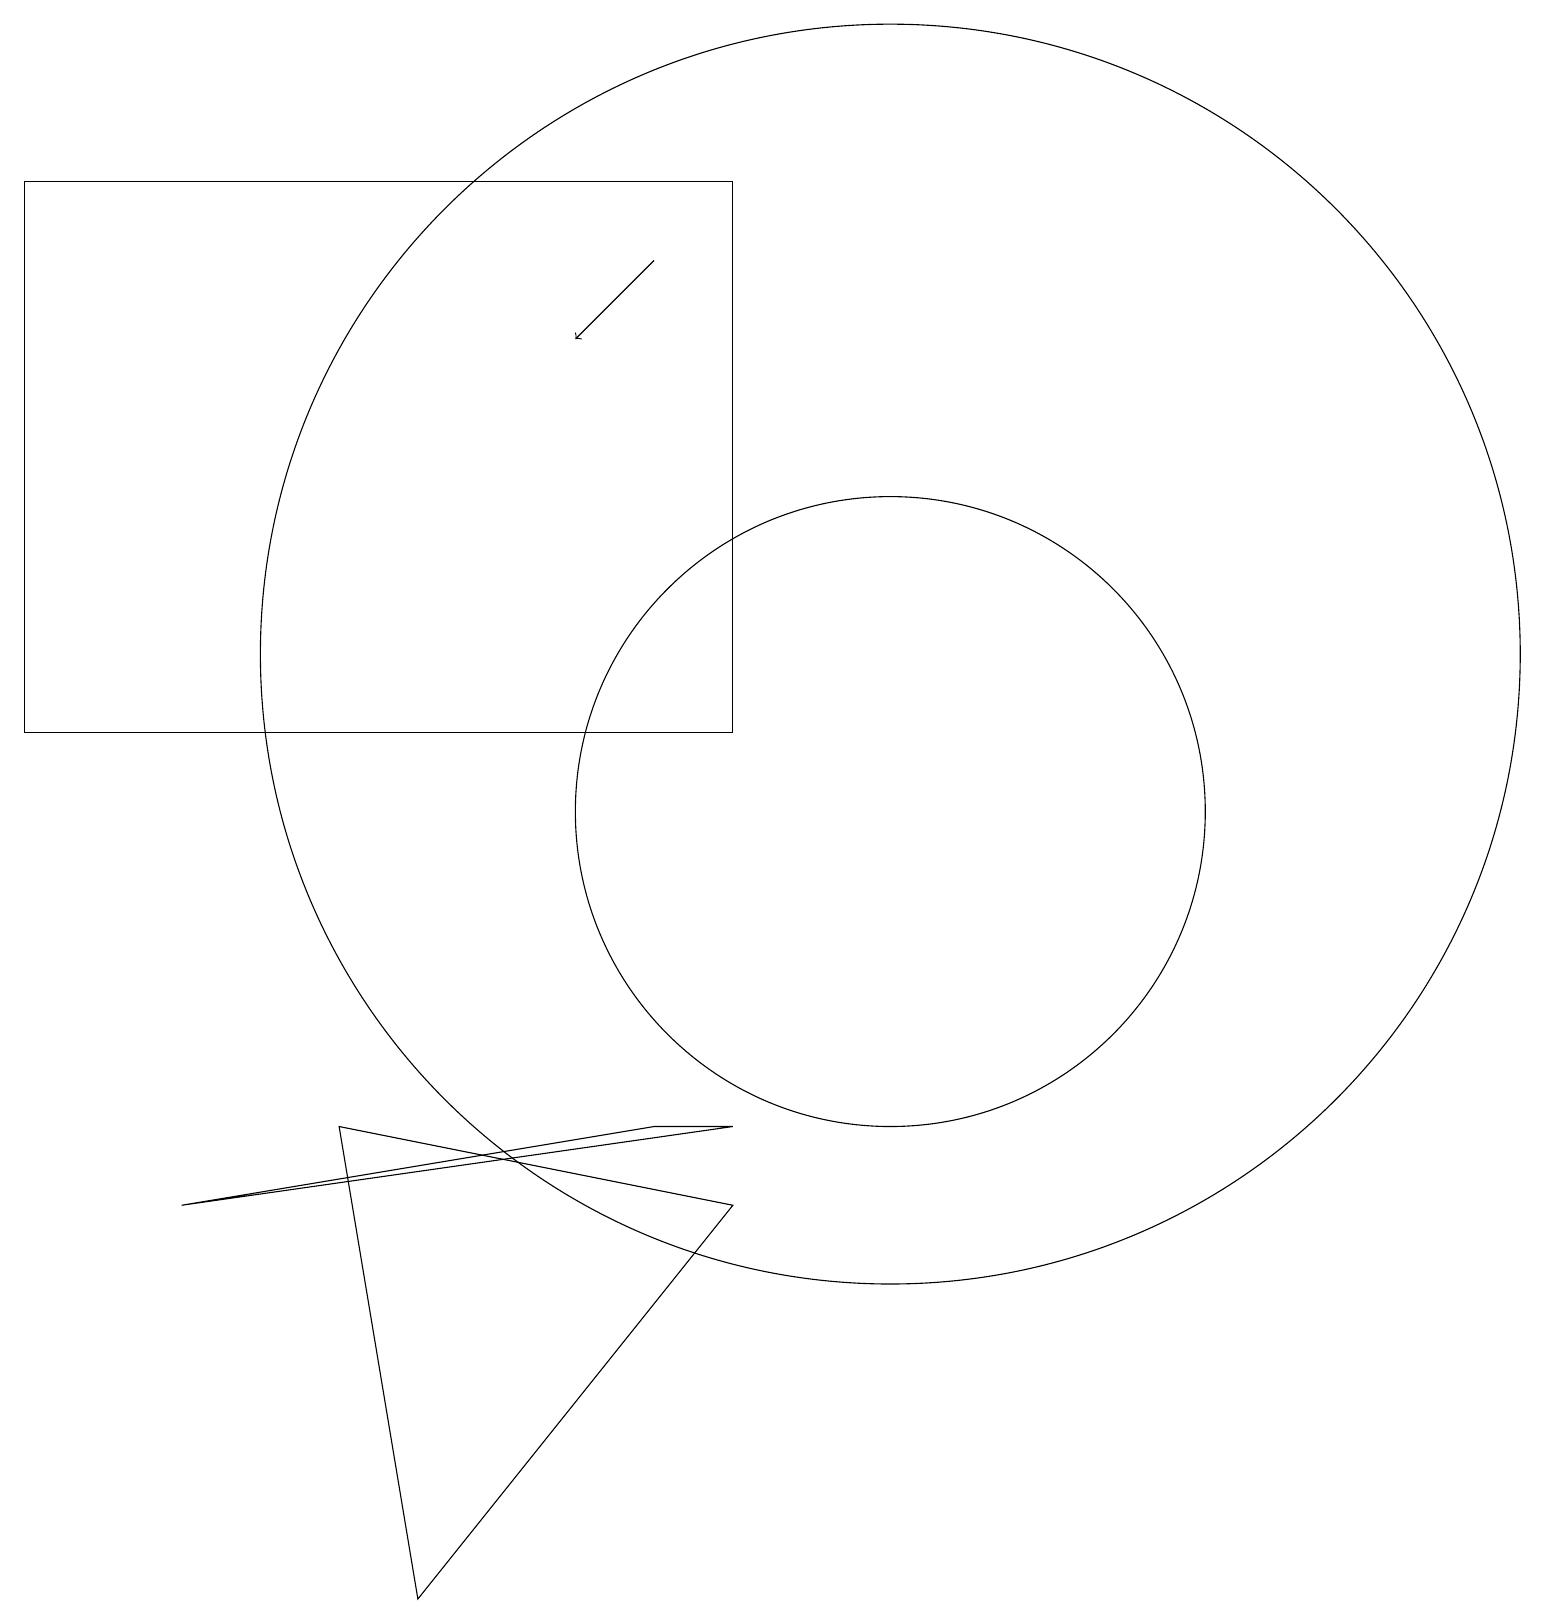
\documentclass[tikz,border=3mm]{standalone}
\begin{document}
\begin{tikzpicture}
\draw (9,11) rectangle (0,18);
\draw (9,6) -- (8,6) -- (2,5) -- cycle;
\draw (11,10) circle (4);
\draw[->] (8,17) -- (7,16);
\draw (9,5) -- (5,0) -- (4,6) -- cycle;
\draw (11,12) circle (8);
\draw (9,17) rectangle (9,16);
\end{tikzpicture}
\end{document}